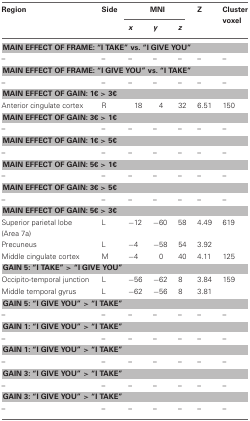
<table><thead><tr><td><b>Region</b></td><td><b>Side</b></td><td colspan="3"><b>MNI</b></td><td><b>Z</b></td><td><b>Cluster voxel</b></td></tr><tr><td></td><td></td><td><b><i>x</i></b></td><td><b><i>y</i></b></td><td><b><i>z</i></b></td><td></td><td></td></tr></thead><tbody><tr><td colspan="7"><b>MAIN EFFECT OF FRAME: “I TAKE” vs. “I GIVE YOU”</b></td></tr><tr><td>–</td><td>–</td><td>–</td><td>–</td><td>–</td><td>–</td><td>–</td></tr><tr><td colspan="7"><b>MAIN EFFECT OF FRAME: “I GIVE YOU” vs. “I TAKE”</b></td></tr><tr><td>–</td><td>–</td><td>–</td><td>–</td><td>–</td><td>–</td><td>–</td></tr><tr><td colspan="7"><b>MAIN EFFECT OF GAIN: 1€ &gt; 3€</b></td></tr><tr><td>Anterior cingulate cortex</td><td>R</td><td>18</td><td>4</td><td>32</td><td>6.51</td><td>150</td></tr><tr><td colspan="7"><b>MAIN EFFECT OF GAIN: 3€ &gt; 1€</b></td></tr><tr><td>–</td><td>–</td><td>–</td><td>–</td><td>–</td><td>–</td><td>–</td></tr><tr><td colspan="7"><b>MAIN EFFECT OF GAIN: 1€ &gt; 5€</b></td></tr><tr><td>–</td><td>–</td><td>–</td><td>–</td><td>–</td><td>–</td><td>–</td></tr><tr><td colspan="7"><b>MAIN EFFECT OF GAIN: 5€ &gt; 1€</b></td></tr><tr><td>–</td><td>–</td><td>–</td><td>–</td><td>–</td><td>–</td><td>–</td></tr><tr><td colspan="7"><b>MAIN EFFECT OF GAIN: 3€ &gt; 5€</b></td></tr><tr><td>–</td><td>–</td><td>–</td><td>–</td><td>–</td><td>–</td><td>–</td></tr><tr><td colspan="7"><b>MAIN EFFECT OF GAIN: 5€ &gt; 3€</b></td></tr><tr><td>Superior parietal lobe (Area 7a)</td><td>L</td><td>−12</td><td>−60</td><td>58</td><td>4.49</td><td>619</td></tr><tr><td>Precuneus</td><td>L</td><td>−4</td><td>−58</td><td>54</td><td>3.92</td><td></td></tr><tr><td>Middle cingulate cortex</td><td>M</td><td>−4</td><td>0</td><td>40</td><td>4.11</td><td>125</td></tr><tr><td colspan="7"><b>GAIN 5: “I TAKE” &gt; “I GIVE YOU”</b></td></tr><tr><td>Occipito-temporal junction</td><td>L</td><td>−56</td><td>−62</td><td>8</td><td>3.84</td><td>159</td></tr><tr><td>Middle temporal gyrus</td><td>L</td><td>−62</td><td>−56</td><td>8</td><td>3.81</td><td></td></tr><tr><td colspan="7"><b>GAIN 5: “I GIVE YOU” &gt; “I TAKE”</b></td></tr><tr><td>–</td><td>–</td><td>–</td><td>–</td><td>–</td><td>–</td><td>–</td></tr><tr><td colspan="7"><b>GAIN 1: “I GIVE YOU” &gt; “I TAKE”</b></td></tr><tr><td>–</td><td>–</td><td>–</td><td>–</td><td>–</td><td>–</td><td>–</td></tr><tr><td colspan="7"><b>GAIN 1: “I GIVE YOU” &gt; “I TAKE”</b></td></tr><tr><td>–</td><td>–</td><td>–</td><td>–</td><td>–</td><td>–</td><td>–</td></tr><tr><td colspan="7"><b>GAIN 3: “I GIVE YOU” &gt; “I TAKE”</b></td></tr><tr><td>–</td><td>–</td><td>–</td><td>–</td><td>–</td><td>–</td><td>–</td></tr><tr><td colspan="7"><b>GAIN 3: “I GIVE YOU” &gt; “I TAKE”</b></td></tr><tr><td>–</td><td>–</td><td>–</td><td>–</td><td>–</td><td>–</td><td>–</td></tr></tbody></table>